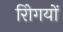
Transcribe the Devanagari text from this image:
रोिगयों